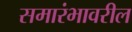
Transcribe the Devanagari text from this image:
समारंभावरील